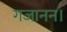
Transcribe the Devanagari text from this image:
गजानन।